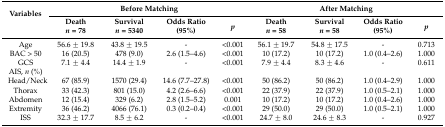
| <ROWSPAN=2> Variables | <COLSPAN=4> Before Matching | <COLSPAN=4> After Matching |
 | Death n = 78 | Survival n = 5340 | Odds Ratio (95%) | p | Death n = 58 | Survival n = 58 | Odds Ratio (95%) | p |
 | --- | --- | --- | --- | --- | --- | --- | --- | --- |
 | Age | 56.6 ± 19.8 | 43.8 ± 19.5 | - | <0.001 | 56.1 ± 19.7 | 54.8 ± 17.5 | - | 0.713 |
 | BAC > 50 | 16 (20.5) | 478 (9.0) | 2.6 (1.5–4.6) | <0.001 | 10 (17.2) | 10 (17.2) | 1.0 (0.4–2.6) | 1.000 |
 | GCS | 7.1 ± 4.4 | 14.4 ± 1.9 | - | <0.001 | 7.9 ± 4.4 | 8.3 ± 4.6 | - | 0.611 |
 | AIS, n (%) |  |  |  |  |  |  |  |  |
 | Head/Neck | 67 (85.9) | 1570 (29.4) | 14.6 (7.7–27.8) | <0.001 | 50 (86.2) | 50 (86.2) | 1.0 (0.4–2.9) | 1.000 |
 | Thorax | 33 (42.3) | 801 (15.0) | 4.2 (2.6–6.6) | <0.001 | 22 (37.9) | 22 (37.9) | 1.0 (0.5–2.1) | 1.000 |
 | Abdomen | 12 (15.4) | 329 (6.2) | 2.8 (1.5–5.2) | 0.001 | 10 (17.2) | 10 (17.2) | 1.0 (0.4–2.6) | 1.000 |
 | Extremity | 36 (46.2) | 4066 (76.1) | 0.3 (0.2–0.4) | <0.001 | 29 (50.0) | 29 (50.0) | 1.0 (0.5–2.1) | 1.000 |
 | ISS | 32.3 ± 17.7 | 8.5 ± 6.2 | - | <0.001 | 24.7 ± 8.0 | 24.6 ± 8.3 | - | 0.927 |